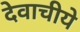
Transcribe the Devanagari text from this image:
देवाचीये